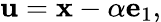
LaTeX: \mathbf{u}=\mathbf{x}-\alpha\mathbf{e}_{1},